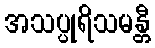
အသပ္ပုရိသမန္တီ